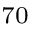
^ { 7 0 }